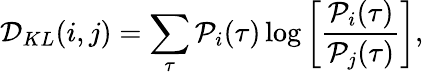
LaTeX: \mathcal{D}_{KL}(i,j)=\sum_{\tau}\mathcal{P}_{i}(\tau)\log\left[{\frac{\mathcal{P}_{i}(\tau)}{\mathcal{P}_{j}(\tau)}}\right],